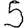
Digit: 5